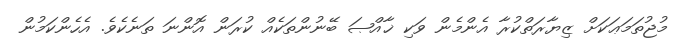
މުޖުތަމަޢަކަށް ޒިޔާރަތްކުރާ އެންމެން ވަކި ޚާއްޞަ ބޭނުންތަކެއް ކުރަން އޮންނަ ތަނެކެވެ. އެހެންކަމުން